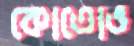
কোতোভ